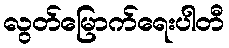
လွတ်မြောက်ရေးပါတီ